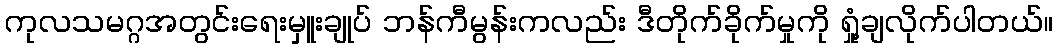
ကုလသမဂ္ဂအတွင်းရေးမှူးချုပ် ဘန်ကီမွန်းကလည်း ဒီတိုက်ခိုက်မှုကို ရှုံ့ချလိုက်ပါတယ်။